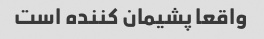
واقعا پشیمان کننده است